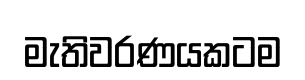
මැතිවරණයකටම